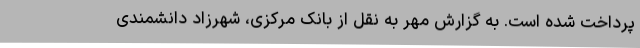
پرداخت شده است. به گزارش مهر به نقل از بانک مرکزی، شهرزاد دانشمندی